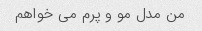
من مدل مو و پرم می خواهم